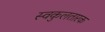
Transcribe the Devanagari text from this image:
स्वकुलतारक